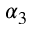
\alpha _ { 3 }